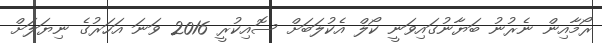
ރޯމާއިން ނެރުނު ބަޔާނުގައިވަނީ ކޯލް އެކުލަބަށް ސޮއިކުރީ 2016 ވަނަ އަހަރުގެ ނިޔަލަށް